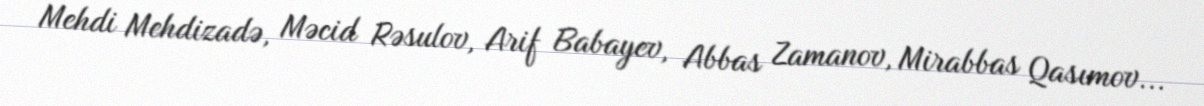
Mehdi Mehdizadə, Məcid Rəsulov, Arif Babayev, Abbas Zamanov, Mirabbas Qasımov...